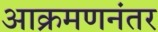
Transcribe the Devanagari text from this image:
आक्रमणनंतर